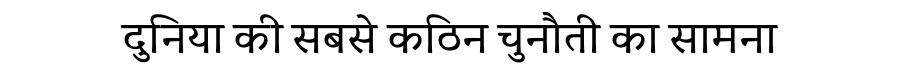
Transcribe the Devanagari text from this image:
दुनिया की सबसे कठिन चुनौती का सामना